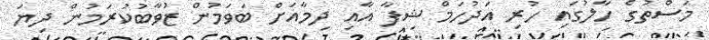
މަސްތުގެ ހާލުގައި ހުރި އަދުހަމް ޝިފާ އާއި ދިމާއަށް ބަވަމުން ޒުވާބުކުރަމުން ދިޔަ